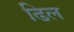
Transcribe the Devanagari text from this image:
ढिल